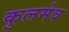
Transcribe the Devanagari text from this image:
कुलमेव